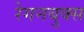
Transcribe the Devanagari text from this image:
रेगनबुक्स